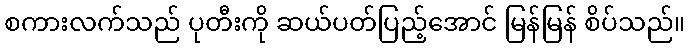
စကားလက်သည် ပုတီးကို ဆယ်ပတ်ပြည့်အောင် မြန်မြန် စိပ်သည်။